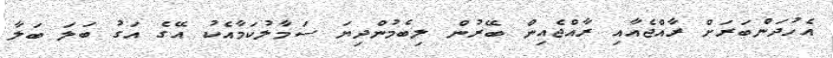
އެހުދަންބަރަށް ރާއްޖެއާއި ރާއްޖެއިން ބޭރުން ލިބެމުންދިޔަ ސަމާލުކަމާއެކު އޭގެ އަގު ބަލަ ބަލާ